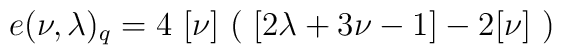
e(\nu ,\lambda )_{q}=4\ [\nu ]\ (\ [2\lambda +3\nu -1]-2[\nu ]\ )